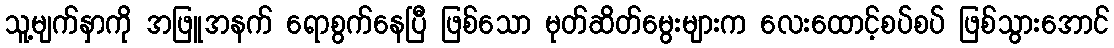
သူ့မျက်နှာကို အဖြူအနက် ရောစွက်နေပြီ ဖြစ်သော မုတ်ဆိတ်မွေးများက လေးထောင့်စပ်စပ် ဖြစ်သွားအောင်